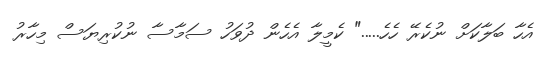
އެހާ ބަލާކަށް ނުކެރޭ ހެހެ....." ކެމީލާ އެހެން ދުވަހު ސަމާސާ ނުކުރިޔަސް މިހާރު